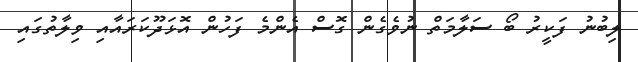
ލިބުނު ފަކީރު ބޯ ސަލާމަތް ނުވެގެން ގޮސް އެންމެ ފަހުން އޮޅަދޫކަރައާއި ވިލާތުގައި